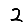
Digit: 2